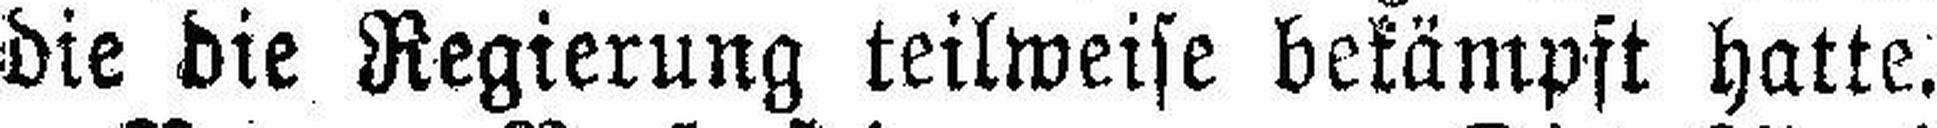
die die Regierung teilweise bekämpft hatte.